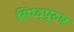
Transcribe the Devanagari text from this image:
सिध्दपुरुष